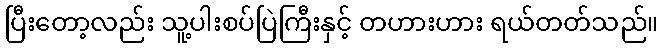
ပြီးတော့လည်း သူ့ပါးစပ်ပြဲကြီးနှင့် တဟားဟား ရယ်တတ်သည်။